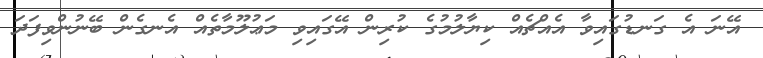
އޭނަ އެ ގަނޑުގައިވާ އެއްޗެއް ކިޔާލުމުގެ ކުރިން އޭގައިވި މަޢުލޫމާތެއް އެނގެން ބޭނުންވިފަދަ